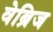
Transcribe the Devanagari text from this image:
वेब्रिज